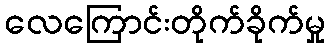
လေကြောင်းတိုက်ခိုက်မှု